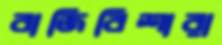
বাজিবিশারা